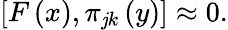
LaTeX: \left[F\left(x\right),\pi_{\mathit{j}k}\left(y\right)\right]\approx0.